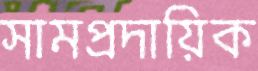
সামপ্রদায়িক